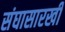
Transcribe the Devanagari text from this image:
संघासारखी